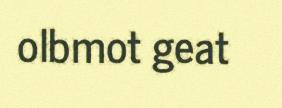
olbmot geat